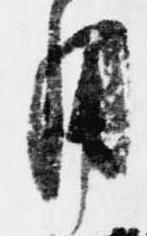
用